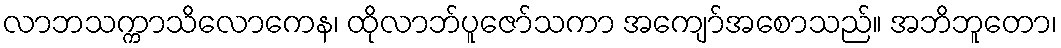
လာဘသက္ကာသိလောကေန၊ ထိုလာဘ်ပူဇော်သကာ အကျော်အစောသည်။ အဘိဘူတော၊